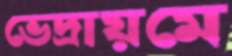
ভেদ্রায়মে